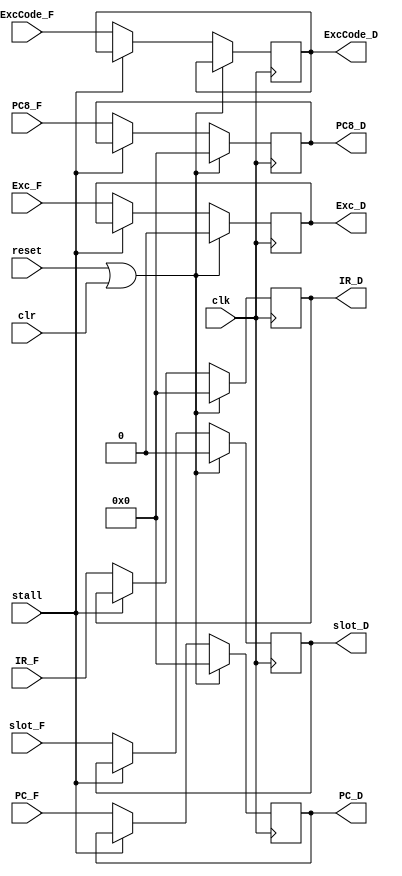
`timescale 1ns / 1ps
//////////////////////////////////////////////////////////////////////////////////
// Company: 
// Engineer: 
// 
// Design Name: 
// Module Name:    pipeline_reg 
// Project Name: 
// Target Devices: 
// Tool versions: 
// Description: 
//
// Dependencies: 
//
// Revision: 
// Revision 0.01 - File Created
// Additional Comments: 
//
//////////////////////////////////////////////////////////////////////////////////
module F_D_reg(
    input [31:0] IR_F,
    input [31:0] PC_F,
    input [31:0] PC8_F,
	 input Exc_F, slot_F,
	 input [4:0] ExcCode_F,
    output reg [31:0] IR_D,
    output reg [31:0] PC_D,
    output reg [31:0] PC8_D,
	 output reg Exc_D, slot_D,
	 output reg [4:0] ExcCode_D,
	 input clk,
    input stall,
	 input clr,
	 input reset
    );

always @(posedge clk) begin
	if (reset || clr) begin
		IR_D <= 32'b0;
		PC_D <= 32'b0;
		PC8_D <= 32'b0;
		Exc_D <= 0;
		slot_D <= 0;
	end else
	if (!stall) begin
		IR_D  <= IR_F ;
		PC_D <= PC_F;
		PC8_D <= PC8_F;
		Exc_D <= Exc_F;
		ExcCode_D <= ExcCode_F;
		slot_D <= slot_F;
	end

end


endmodule


//

module D_E_reg(
    input [31:0] IR_D,
    input [31:0] PC_D,
    input [31:0] PC8_D,
    input [31:0] Rs_D,
    input [31:0] Rt_D,
    input [31:0] Ext_D,
	 input [1:0] Tnew_D,
	 input Jump_D,
	 input pause_D,
	 output reg [31:0] IR_E,
	 output reg [31:0] PC_E,
	 output reg [31:0] PC8_E,
	 output reg [31:0] Rs_E,
	 output reg [31:0] Rt_E,
	 output reg [31:0] Ext_E,
	 output reg [1:0] Tnew_E,
	 output reg Jump_E,
	 output reg pause_E,
	 input Exc_D, slot_D,
	 input [4:0] ExcCode_D,
	 output reg Exc_E, slot_E,
	 output reg [4:0] ExcCode_E,
	 input clk,
	 input clr,
	 input reset,
	 
	 input [1:0] NPCsel_D,
	 input [1:0] NPCOp_D,
	 input [3:0] CMPOp_D,
	 input [1:0] ExtOp_D,
	 input [1:0] ALUasel_D,
	 input [1:0] ALUbsel_D,
	 input [3:0] ALUOp_D,
	 input DM_RE_D,
	 input DM_WE_D,
	 input [2:0] DMOOp_D, DMIOp_D,
	 input [2:0] A3sel_D,
	 input [1:0] WDsel_D,
	 input GRF_WE_D,
	 input [1:0] Tuse_Rs_D, Tuse_Rt_D,
	 input eret_D,
	 input CP0_WE_D,
	 
	 output reg [1:0] NPCsel_E,
	 output reg [1:0] NPCOp_E,
	 output reg [3:0] CMPOp_E,
	 output reg [1:0] ExtOp_E,
	 output reg [1:0] ALUasel_E,
	 output reg [1:0] ALUbsel_E,
	 output reg [3:0] ALUOp_E,
	 output reg DM_RE_E,
	 output reg DM_WE_E,
	 output reg [2:0] DMOOp_E, DMIOp_E,
	 output reg [2:0] A3sel_E,
	 output reg [1:0] WDsel_E,
	 output reg GRF_WE_E,
	 output reg [1:0] Tuse_Rs_E, Tuse_Rt_E,
	 output reg eret_E,
	 output reg CP0_WE_E
	 
    );
	

always @(posedge clk) begin
	if (reset || clr) begin
		IR_E	<= 32'b0; 
		PC_E	<= 32'b0; 
		PC8_E	<= 32'b0; 
		Rs_E	<= 32'b0; 
		Rt_E	<= 32'b0; 
		Ext_E	<= 32'b0; 
		Tnew_E <= 0;
		Jump_E <= 0;
		Exc_E <= 0;
		slot_E <= 0;
		ExcCode_E <= 0;
		pause_E <= pause_D;
		
		NPCsel_E <= 0; NPCOp_E <= 0; CMPOp_E <= 0; ExtOp_E <= 0; ALUasel_E <= 0; ALUbsel_E <= 0; ALUOp_E <= 0; DM_RE_E <= 0; DM_WE_E <= 0;
 DMOOp_E <= 0; DMIOp_E <= 0; A3sel_E <= 0; WDsel_E <= 0; GRF_WE_E <= 0; Tuse_Rs_E <= 0; Tuse_Rt_E <= 0; eret_E <= 0; CP0_WE_E <= 0;
	end else begin
		IR_E	<= IR_D; 
		PC_E	<= PC_D; 
		PC8_E	<= PC8_D; 
		Rs_E	<= Rs_D; 
		Rt_E	<= Rt_D; 
		Ext_E	<= Ext_D; 
		Jump_E <= Jump_D;
		Exc_E <= Exc_D;
		slot_E <= slot_D;
		ExcCode_E <= ExcCode_D;
		pause_E <= pause_D;
		if (Tnew_D > 0)
			Tnew_E <= Tnew_D;
		else
			Tnew_E <= 0;
			
		NPCsel_E <= NPCsel_D; NPCOp_E <= NPCOp_D; CMPOp_E <= CMPOp_D; ExtOp_E <= ExtOp_D; ALUasel_E <= ALUasel_D;
 ALUbsel_E <= ALUbsel_D; ALUOp_E <= ALUOp_D; DM_RE_E <= DM_RE_D; DM_WE_E <= DM_WE_D;
 DMOOp_E <= DMOOp_D; DMIOp_E <= DMIOp_D; A3sel_E <= A3sel_D; WDsel_E <= WDsel_D; GRF_WE_E <= GRF_WE_D; Tuse_Rs_E <= Tuse_Rs_D;
 Tuse_Rt_E <= Tuse_Rt_D; eret_E <= eret_D; CP0_WE_E <= CP0_WE_D;
	end
end

endmodule


//


module E_M_reg(
    input [31:0] IR_E,
    input [31:0] PC_E,
    input [31:0] PC8_E,
    input [31:0] ALUOut_E,
    input [31:0] Rt_E,
	 input [4:0] A3_E,
	 input [1:0] Tnew_E,
	 input Exc_E, slot_E,
	 input [4:0] ExcCode_E,
	 input pause_E,
	 output reg Exc_M, slot_M,
	 output reg [4:0] ExcCode_M,
	 output reg [31:0] IR_M,
	 output reg [31:0] PC_M,
	 output reg [31:0] PC8_M,
	 output reg [31:0] ALUOut_M,
	 output reg [31:0] Rt_M,
	 output reg [4:0] A3_M,
	 output reg [1:0] Tnew_M,
	 output reg pause_M,
	 input clk,
	 input reset,
	 
	 input [1:0] NPCsel_E,
	 input [1:0] NPCOp_E,
	 input [3:0] CMPOp_E,
	 input [1:0] ExtOp_E,
	 input [1:0] ALUasel_E,
	 input [1:0] ALUbsel_E,
	 input [3:0] ALUOp_E,
	 input DM_RE_E,
	 input DM_WE_E,
	 input [2:0] DMOOp_E, DMIOp_E,
	 input [2:0] A3sel_E,
	 input [1:0] WDsel_E,
	 input GRF_WE_E,
	 input [1:0] Tuse_Rs_E, Tuse_Rt_E,
	 input eret_E,
	 input CP0_WE_E,
	 
	 output reg [1:0] NPCsel_M,
	 output reg [1:0] NPCOp_M,
	 output reg [3:0] CMPOp_M,
	 output reg [1:0] ExtOp_M,
	 output reg [1:0] ALUasel_M,
	 output reg [1:0] ALUbsel_M,
	 output reg [3:0] ALUOp_M,
	 output reg DM_RE_M,
	 output reg DM_WE_M,
	 output reg [2:0] DMOOp_M, DMIOp_M,
	 output reg [2:0] A3sel_M,
	 output reg [1:0] WDsel_M,
	 output reg GRF_WE_M,
	 output reg [1:0] Tuse_Rs_M, Tuse_Rt_M,
	 output reg eret_M,
	 output reg CP0_WE_M
    );

always @(posedge clk) begin
	if (reset) begin
		IR_M	<= 32'b0;
		PC_M <= 32'b0;
		PC8_M <= 32'b0;
		ALUOut_M <= 32'b0;
		Rt_M <= 32'b0;
		Tnew_M <= 0;
		A3_M <= 0;
		Exc_M <= 0;
		slot_M <= 0;
		ExcCode_M <= 0;
		pause_M <= 0;
		
		NPCsel_M <= 0; NPCOp_M <= 0; CMPOp_M <= 0; ExtOp_M <= 0; ALUasel_M <= 0; ALUbsel_M <= 0; ALUOp_M <= 0; DM_RE_M <= 0; DM_WE_M <= 0;
 DMOOp_M <= 0; DMIOp_M <= 0; A3sel_M <= 0; WDsel_M <= 0; GRF_WE_M <= 0; Tuse_Rs_M <= 0; Tuse_Rt_M <= 0; eret_M <= 0; CP0_WE_M <= 0;
	end else begin
		IR_M	<= 		IR_E;
		PC_M <=       PC_E;
		PC8_M <=       PC8_E;
		ALUOut_M <=    ALUOut_E;
		Rt_M <=        Rt_E;
		A3_M <=	A3_E;
		Exc_M <= Exc_E;
		slot_M <= slot_E;
		ExcCode_M <= ExcCode_E;
		pause_M <= pause_E;
		if (Tnew_E > 0)
			Tnew_M <= Tnew_E - 1;
		else 
			Tnew_M <= 0;
			
		NPCsel_M <= NPCsel_E; NPCOp_M <= NPCOp_E; CMPOp_M <= CMPOp_E; ExtOp_M <= ExtOp_E; ALUasel_M <= ALUasel_E;
 ALUbsel_M <= ALUbsel_E; ALUOp_M <= ALUOp_E; DM_RE_M <= DM_RE_E; DM_WE_M <= DM_WE_E;
 DMOOp_M <= DMOOp_E; DMIOp_M <= DMIOp_E; A3sel_M <= A3sel_E; WDsel_M <= WDsel_E; GRF_WE_M <= GRF_WE_E; Tuse_Rs_M <= Tuse_Rs_E;
 Tuse_Rt_M <= Tuse_Rt_E; eret_M <= eret_E; CP0_WE_M <= CP0_WE_E;
	end
end


endmodule


//


module M_W_reg(
    input [31:0] IR_M,
    input [31:0] PC_M,
    input [31:0] PC8_M,
    input [31:0] ALUOut_M,
    input [31:0] DM_M,
    input [31:0] CP0_M,
	 input [4:0] A3_M,
	 input [1:0] Tnew_M,
	 output reg [31:0] IR_W,
	 output reg [31:0] PC_W,
	 output reg [31:0] PC8_W,
	 output reg [31:0] ALUOut_W,
	 output reg [31:0] DM_W,
	 output reg [31:0] CP0_W,
	 output reg [4:0] A3_W,
	 output reg [1:0] Tnew_W,
	 input clk,
	 input reset,
	 
	 input [1:0] NPCsel_M,
	 input [1:0] NPCOp_M,
	 input [3:0] CMPOp_M,
	 input [1:0] ExtOp_M,
	 input [1:0] ALUasel_M,
	 input [1:0] ALUbsel_M,
	 input [3:0] ALUOp_M,
	 input DM_RE_M,
	 input DM_WE_M,
	 input [2:0] DMOOp_M, DMIOp_M,
	 input [2:0] A3sel_M,
	 input [1:0] WDsel_M,
	 input GRF_WE_M,
	 input [1:0] Tuse_Rs_M, Tuse_Rt_M,
	 input eret_M,
	 input CP0_WE_M,
	 
	 output reg [1:0] NPCsel_W,
	 output reg [1:0] NPCOp_W,
	 output reg [3:0] CMPOp_W,
	 output reg [1:0] ExtOp_W,
	 output reg [1:0] ALUasel_W,
	 output reg [1:0] ALUbsel_W,
	 output reg [3:0] ALUOp_W,
	 output reg DM_RE_W,
	 output reg DM_WE_W,
	 output reg [2:0] DMOOp_W, DMIOp_W,
	 output reg [2:0] A3sel_W,
	 output reg [1:0] WDsel_W,
	 output reg GRF_WE_W,
	 output reg [1:0] Tuse_Rs_W, Tuse_Rt_W,
	 output reg eret_W,
	 output reg CP0_WE_W
    );


always @(posedge clk) begin
	if (reset) begin
		IR_W		<= 32'b0;
		PC_W		<= 32'b0;
		PC8_W		<= 32'b0;
		ALUOut_W	<= 32'b0;
		DM_W		<= 32'b0;
		CP0_W		<= 32'b0;
		Tnew_W	<= 0;
		A3_W		<= 0;
		
		NPCsel_W <= 0; NPCOp_W <= 0; CMPOp_W <= 0; ExtOp_W <= 0; ALUasel_W <= 0; ALUbsel_W <= 0; ALUOp_W <= 0; DM_RE_W <= 0; DM_WE_W <= 0;
 DMOOp_W <= 0; DMIOp_W <= 0; A3sel_W <= 0; WDsel_W <= 0; GRF_WE_W <= 0; Tuse_Rs_W <= 0; Tuse_Rt_W <= 0; eret_W <= 0; CP0_WE_W <= 0;
	end else begin
		IR_W		<= IR_M;
		PC_W		<= PC_M;
		PC8_W		<= PC8_M;
		ALUOut_W	<= ALUOut_M;
		DM_W		<= DM_M;
		CP0_W		<= CP0_M;
		A3_W 		<= A3_M;
		if (Tnew_M > 0)
			Tnew_W <= Tnew_M - 1;
		else 
			Tnew_W <= 0;
			
		NPCsel_W <= NPCsel_M; NPCOp_W <= NPCOp_M; CMPOp_W <= CMPOp_M; ExtOp_W <= ExtOp_M; ALUasel_W <= ALUasel_M;
 ALUbsel_W <= ALUbsel_M; ALUOp_W <= ALUOp_M; DM_RE_W <= DM_RE_M; DM_WE_W <= DM_WE_M;
 DMOOp_W <= DMOOp_M; DMIOp_W <= DMIOp_M; A3sel_W <= A3sel_M; WDsel_W <= WDsel_M; GRF_WE_W <= GRF_WE_M; Tuse_Rs_W <= Tuse_Rs_M;
 Tuse_Rt_W <= Tuse_Rt_M; eret_W <= eret_M; CP0_WE_W <= CP0_WE_M;
	end
end

endmodule